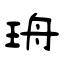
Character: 珘